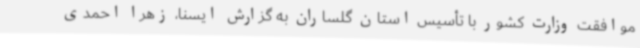
موافقت وزارت کشور با تأسیس استان گلساران به گزارش ایسنا، زهرا احمدی